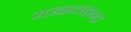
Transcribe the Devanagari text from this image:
राखालचन्द्र